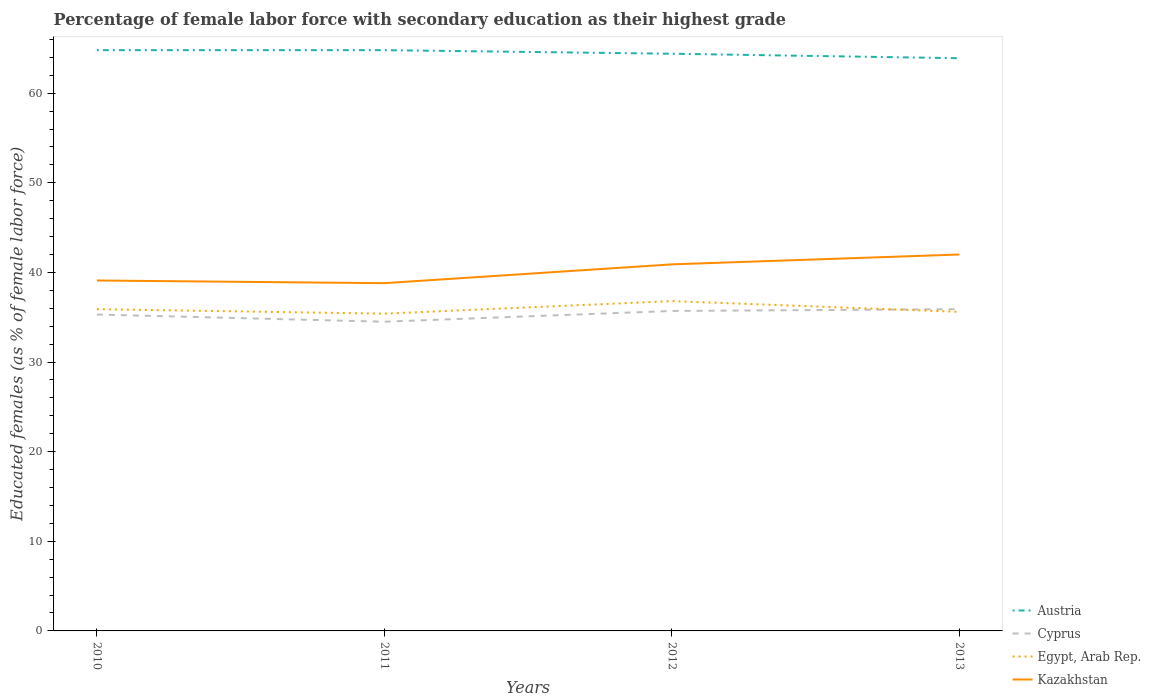
| Years | Austria | Cyprus | Egypt, Arab Rep. | Kazakhstan |
 | --- | --- | --- | --- | --- |
 | 2010 | 64.8 | 35.3 | 35.9 | 39.1 |
 | 2011 | 64.8 | 34.5 | 35.4 | 38.8 |
 | 2012 | 64.4 | 35.7 | 36.8 | 40.9 |
 | 2013 | 63.9 | 35.9 | 35.6 | 42 |